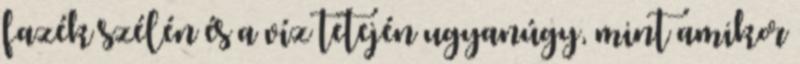
fazék szélén és a víz tetején ugyanúgy, mint amikor